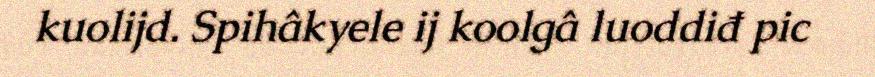
kuolijd. Spihâkyele ij koolgâ luoddiđ pic